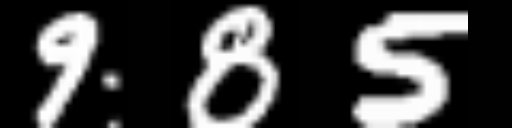
Text: 985